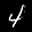
Label: 4